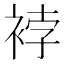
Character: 𧚆